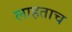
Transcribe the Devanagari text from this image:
लाहताच